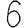
Digit: 6